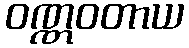
ဝဏ္ဏဝတာယ